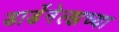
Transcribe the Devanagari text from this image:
डार्डेनेल्झच्या